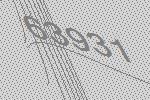
63931